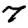
Digit: 7